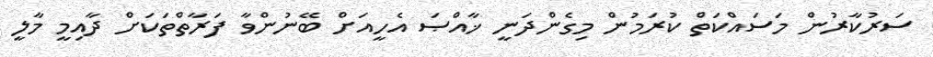
ސަރުކާރުން މަސައްކަތް ކުރަމުން މިގެންދަނީ ޚާއްޞަ އެހީއަށް ބޭނުންވާ ފަރާތްތަކަށް ދާއިމީ މާލީ